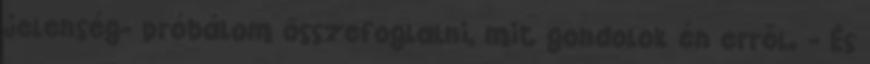
jelenség- próbálom összefoglalni, mit gondolok én erről. - És